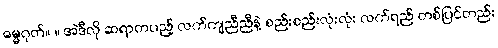
ဓမ္မဂုတ်။ ။ အဲဒီလို ဆရာတပည့် လက်ကျညီညီနဲ့ စည်းစည်းလုံးလုံး လက်ရည် တစ်ပြင်တည်း